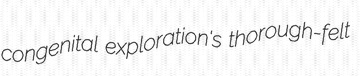
congenital exploration's thorough-felt